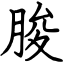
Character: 朘